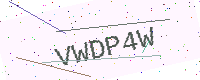
Text: VWDP4W